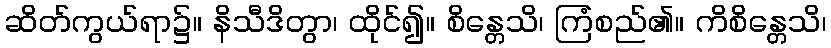
ဆိတ်ကွယ်ရာ၌။ နိသီဒိတွာ၊ ထိုင်၍။ စိန္တေသိ၊ ကြံစည်၏။ ကိစိန္တေသိ၊